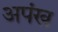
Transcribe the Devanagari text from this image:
अपंख